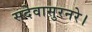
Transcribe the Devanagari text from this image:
सदेवासुरनरे।